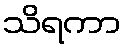
သိရကာ